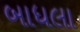
બાધલા